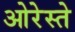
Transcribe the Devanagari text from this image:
ओरेस्ते